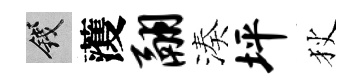
錢𮑮翮湊坪狄